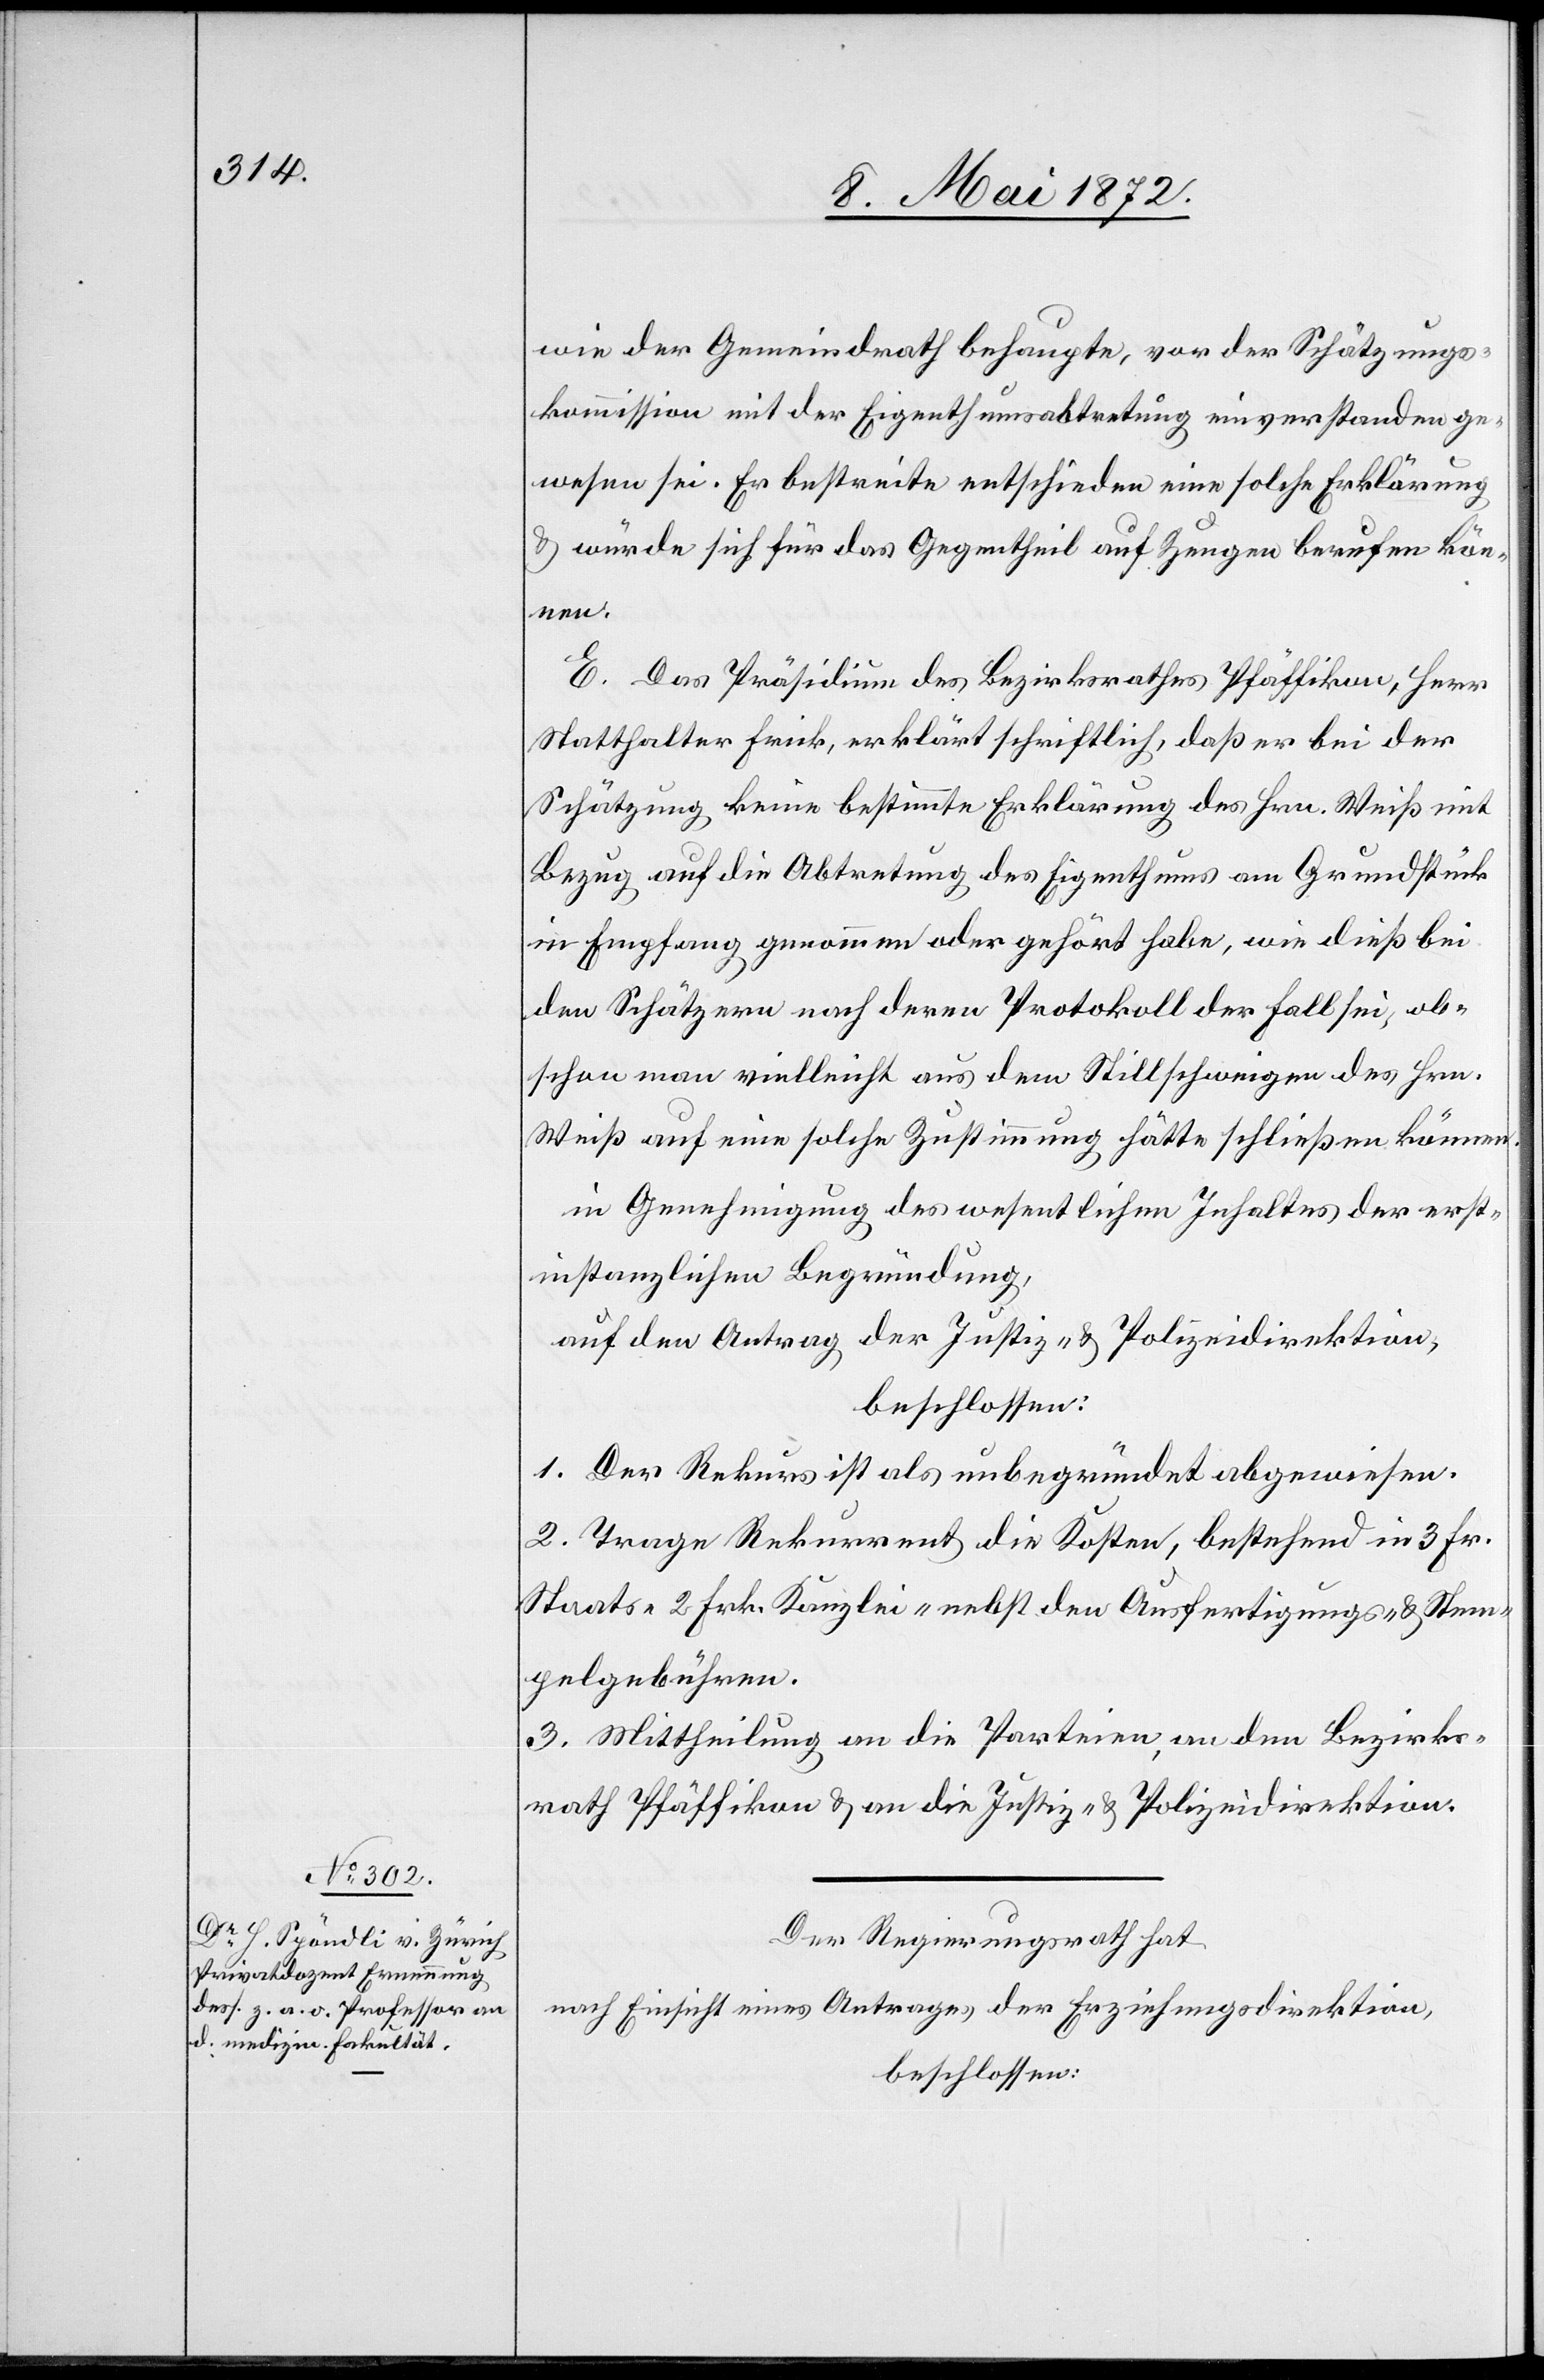
[sic!] der Gemeindrath behaupte, vor der Schätzungs¬
kommission mit der Eigenthumsabtretung einverstanden ge¬
wesen sei. Er bestreite entschieden eine solche Erklärung
u. würde sich für das Gegentheil auf Zeugen berufen kön¬
nen.
E. Das Präsidium des Bezirksrathes Pfäffikon, Herr
Statthalter Frick, erklärt schriftlich, daß er bei der
Schätzung keine bestimmte Erklärung des Hrn. Weiß mit
Bezug auf die Abtretung des Eigenthums am Grundstück
in Empfang genommen oder gehört habe, wie dieß bei
den Schätzungen nach deren Protokoll der Fall sei, ob¬
schon man vielleicht aus dem Stillschweigen des Hrn.
Weiß auf eine solche Zustimmung hätte schließen können.
in Genehmigung des wesentlichen Inhaltes der erst¬
instanzlichen Begründung,
auf den Antrag der Justiz- u. Polizeidirektion,
beschlossen:
1. Der Rekurs ist als unbegründet abgewiesen.
2. Trage Rekurrent die Kosten, bestehend in 3 Fr.
Staats-[,] 2 Frk. Kanzlei-[,] nebst den Ausfertigungs- u. Stem¬
pelgebühren.
3. Mittheilung an die Parteien, an den Bezirks¬
rath Pfäffikon u. an die Justiz- u. Polizeidirektion.
Der Regierungsrath hat
nach Einsicht eines Antrages der Erziehungsdirektion,
beschlossen: